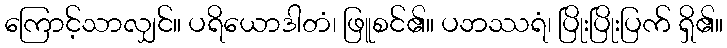
ကြောင့်သာလျှင်။ ပရိယောဒါတံ၊ ဖြူစင်၏။ ပဘဿရံ၊ ပြိုးပြိုးပြက် ရှိ၏။